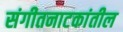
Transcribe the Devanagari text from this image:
संगीतनाटकांतील